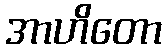
အာဟိတော